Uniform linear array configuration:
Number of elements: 64
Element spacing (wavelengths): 0.75
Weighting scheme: hamming
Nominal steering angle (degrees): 45
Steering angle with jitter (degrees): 46.274
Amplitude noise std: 0.05
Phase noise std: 0.05

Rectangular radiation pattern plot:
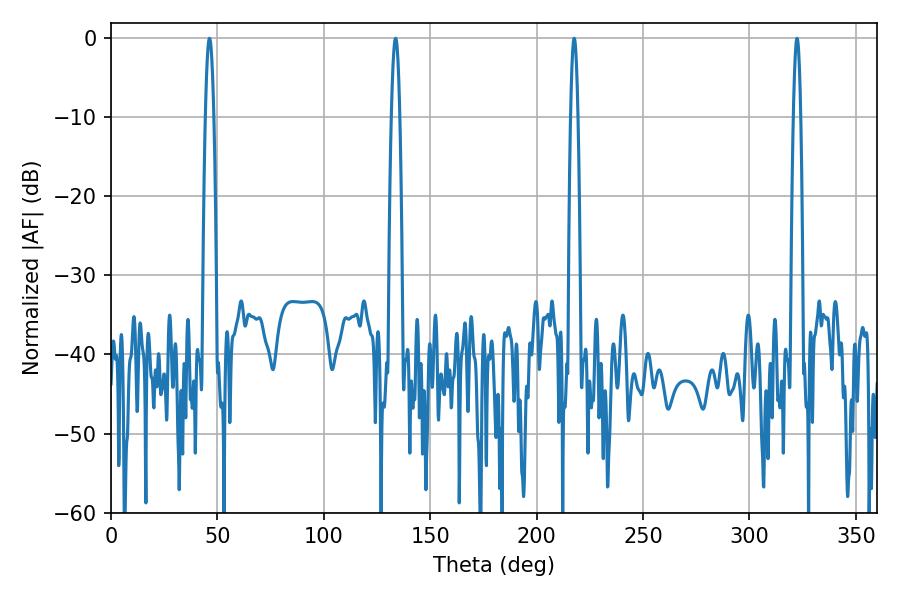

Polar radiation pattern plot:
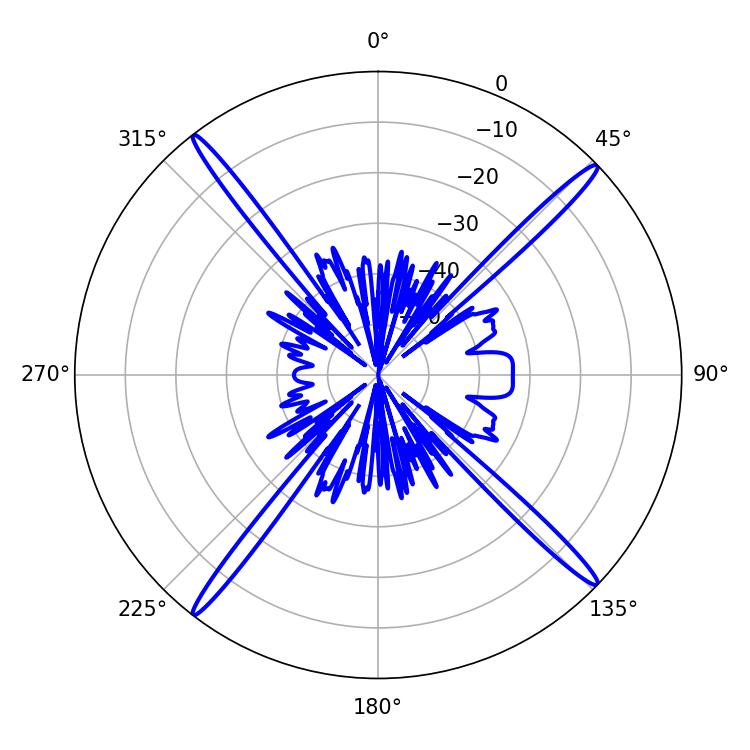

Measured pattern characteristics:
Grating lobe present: TRUE
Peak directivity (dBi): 20.946
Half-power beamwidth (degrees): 2.16
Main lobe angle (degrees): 46.26